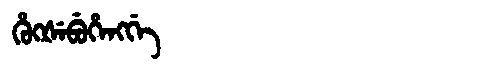
Manchu: ᡥᡠᡴᡧᡝᠪᡠᡥᡝᠩᡤᡝ
Romanization: HUKŠEBUHENGGE